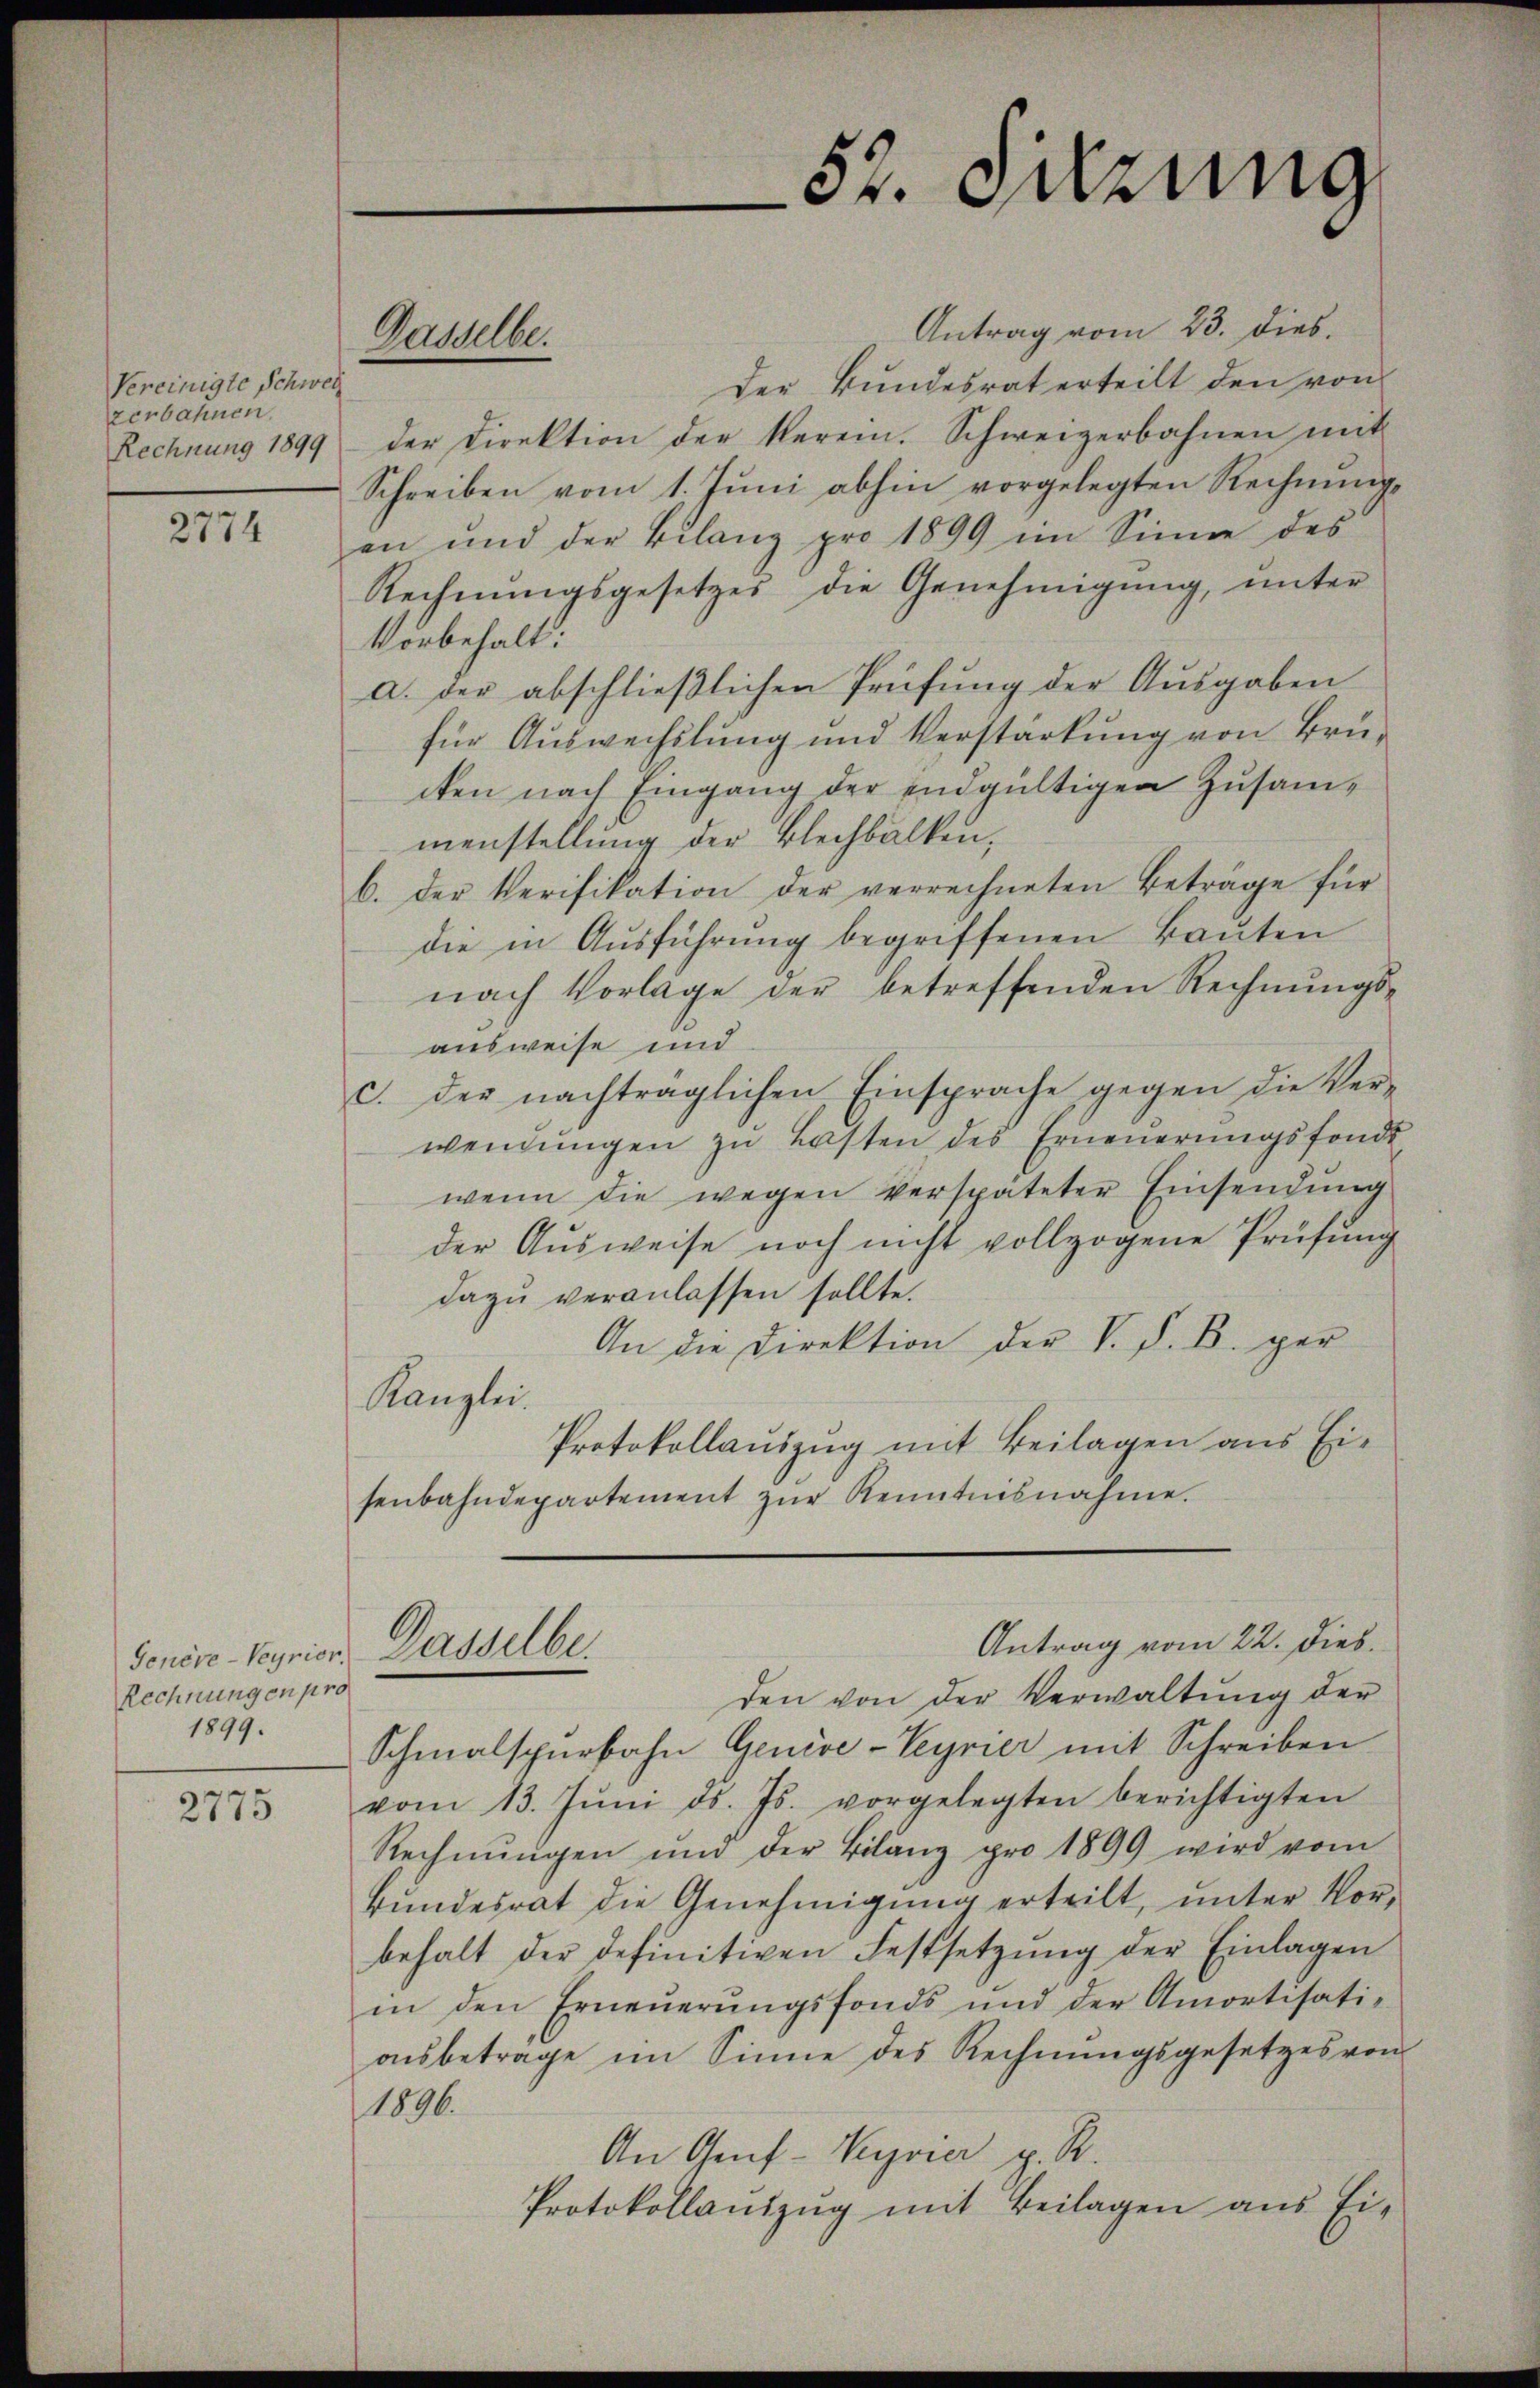
Vereinigte Schwel
zerbahnen.
Rechnung 1899

2774

Genève-Meyrier.
Rechnungen pro
1899.

2775

Antrag vom 23. dies.
Der Bundesrat erteilt den von
der Direktion der Verein. Schweizerbahnen mit
Schreiben vom 1. Jŭni abhin vorgelegten Rechnung,
an und der Bilanz pro 1899 im Sinne des
Rechnŭngsgesetzes die Genehmigŭng, unter
Vorbehalt:
a. der abschlieβlichen Prüfŭng der Aŭsgaben
für Auswechslung und Verstärkung von Brücken nach Eingang der endgültigen Zusammenstellung der Blechbalken,
b. der Verifikation der verrechneten Betrage für
die in Aŭsführŭng begriffenen Baŭten
nach Vorlage der betreffenden Rechnŭngs-
ausweise und
c. der nachträglichen Einsprache gegen die Ver-
wendungen zu Lasten des Erneuerungsfonde
wenn die wegen verspäteter Einsendung
der Ausweise noch nicht vollzogene Prüfung
dazu veranlassen sollte.
An die Direktion der V. d. B. ger
Kanzlei
Protokollauszug mit Beilagen aus Eisenbahndepartement zŭr Kenntnisnahme.

Gasselbe.

Dasselbe.

52. Setzung

den von der Verwaltung der
Schmalspurbahn Genève-Veyrier mit Schreiben
vom 13. Jŭni d. Js. vorgelegten berichtigten
Rechnŭngen ŭm der Bilanz pro 1899 wird vom
Bundesrat die Genehmigung erteilt, unter Vorbehalt der definitiven Festsetzŭng der Einlagen
in den Erneŭerŭngsfonds und der Amortisati-
aŭsbetrage im Sinne des Rechnŭngsgesetzes von
1896.
An Genf - Vervier p. R.
Protokollantzŭg mit Beilagen aus Ei-

Antrag vom 22. Dieb.